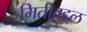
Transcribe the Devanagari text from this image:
मितीबद्दल